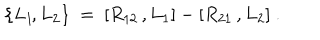
\{ L _ { 1 } \! , L _ { 2 } \} ~ = ~ [ R _ { 1 2 } \, , L _ { 1 } ] - [ R _ { 2 1 } \, , L _ { 2 } ] ~ .